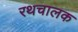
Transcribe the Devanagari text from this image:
रथचालक